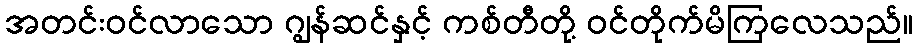
အတင်းဝင်လာသော ဂျွန်ဆင်နှင့် ကစ်တီတို့ ဝင်တိုက်မိကြလေသည်။